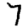
Digit: 7